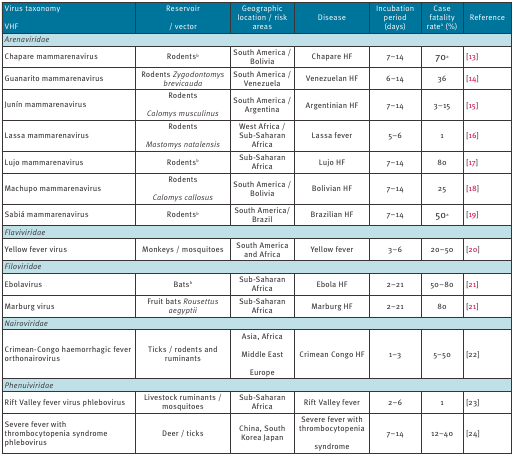
<table><thead><tr><td><b>Virus taxonomyVHF</b></td><td><b>Reservoir/ vector</b></td><td><b>Geographic location / risk areas</b></td><td><b>Disease</b></td><td><b>Incubation period (days)</b></td><td><b>Case fatality rate<sup>a </sup>(%)</b></td><td><b>Reference</b></td></tr></thead><tbody><tr><td colspan="7"><b><i>Arenaviridae</i></b></td></tr><tr><td>Chapare mammarenavirus</td><td>Rodents<sup>b</sup></td><td>South America / Bolivia</td><td>Chapare HF</td><td>7–14</td><td>70<sup>a</sup></td><td>[13]</td></tr><tr><td>Guanarito mammarenavirus</td><td>Rodents <i>Zygodontomys brevicauda</i></td><td>South America / Venezuela</td><td>Venezuelan HF</td><td>6–14</td><td>36</td><td>[14]</td></tr><tr><td>Junín mammarenavirus</td><td>Rodents<i>Calomys musculinus</i></td><td>South America / Argentina</td><td>Argentinian HF</td><td>7–14</td><td>3–15</td><td>[15]</td></tr><tr><td>Lassa mammarenavirus</td><td>Rodents<i>Mastomys natalensis</i></td><td>West Africa / Sub-Saharan Africa</td><td>Lassa fever</td><td>5–6</td><td>1</td><td>[16]</td></tr><tr><td>Lujo mammarenavirus</td><td>Rodents<sup>b</sup></td><td>Sub-Saharan Africa</td><td>Lujo HF</td><td>7–14</td><td>80</td><td>[17]</td></tr><tr><td>Machupo mammarenavirus</td><td>Rodents<i>Calomys callosus</i></td><td>South America / Bolivia</td><td>Bolivian HF</td><td>7–14</td><td>25</td><td>[18]</td></tr><tr><td>Sabiá mammarenavirus</td><td>Rodents<sup>b</sup></td><td>South America/ Brazil</td><td>Brazilian HF</td><td>7–14 </td><td>50<sup>a</sup></td><td>[19]</td></tr><tr><td colspan="7"><b><i>Flaviviridae</i></b></td></tr><tr><td>Yellow fever virus</td><td>Monkeys / mosquitoes</td><td>South America and Africa</td><td>Yellow fever</td><td>3–6</td><td>20–50</td><td>[20]</td></tr><tr><td colspan="7"><b><i>Filoviridae</i></b></td></tr><tr><td>Ebolavirus</td><td>Bats<sup>b</sup></td><td>Sub-Saharan Africa</td><td>Ebola HF</td><td>2–21</td><td>50–80</td><td>[21]</td></tr><tr><td>Marburg virus</td><td>Fruit bats <i>Rousettus aegyptii</i></td><td>Sub-Saharan Africa</td><td>Marburg HF</td><td>2–21</td><td>80</td><td>[21]</td></tr><tr><td colspan="7"><b><i>Nairoviridae</i></b></td></tr><tr><td>Crimean-Congo haemorrhagic fever orthonairovirus</td><td>Ticks / rodents and ruminants</td><td>Asia, AfricaMiddle EastEurope</td><td>Crimean Congo HF</td><td>1–3</td><td>5–50</td><td>[22]</td></tr><tr><td colspan="7"><b><i>Phenuiviridae</i></b></td></tr><tr><td>Rift Valley fever virus phlebovirus</td><td>Livestock ruminants / mosquitoes</td><td>Sub-Saharan Africa</td><td>Rift Valley fever</td><td>2–6</td><td>1</td><td>[23]</td></tr><tr><td>Severe fever with thrombocytopenia syndrome phlebovirus</td><td>Deer / ticks</td><td>China, South Korea Japan</td><td>Severe fever with thrombocytopeniasyndrome</td><td>7–14</td><td>12–40</td><td>[24]</td></tr></tbody></table>